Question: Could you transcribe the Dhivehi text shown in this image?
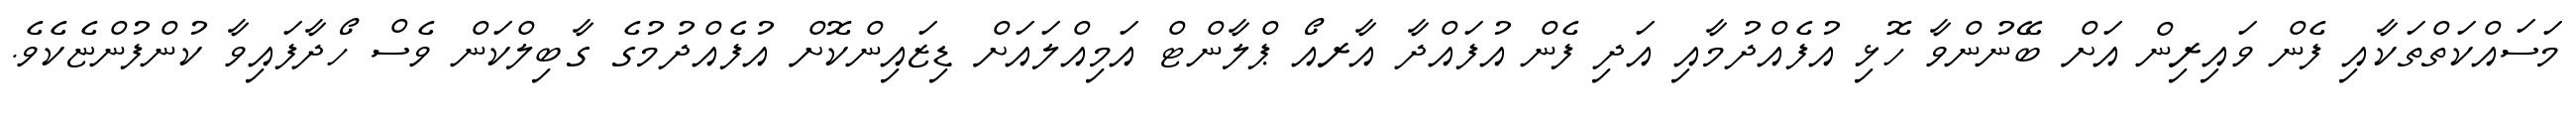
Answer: މަސައްކަތްތަކާއި ފެން ވައިރިން އަށް ބޭނުންވާ ހޮޅި އުފެއްދުމާއި އަދި ފެން އުފައްދާ އާރއޯ ޕްލާންޓް އަމިއްލައަށް ޑިޒައިންކޮށް އުފެއްދުމުގެ ގާބިލްކަން ވެސް ހޯދާފައިވާ ކުންފުންޏެކެވެ.